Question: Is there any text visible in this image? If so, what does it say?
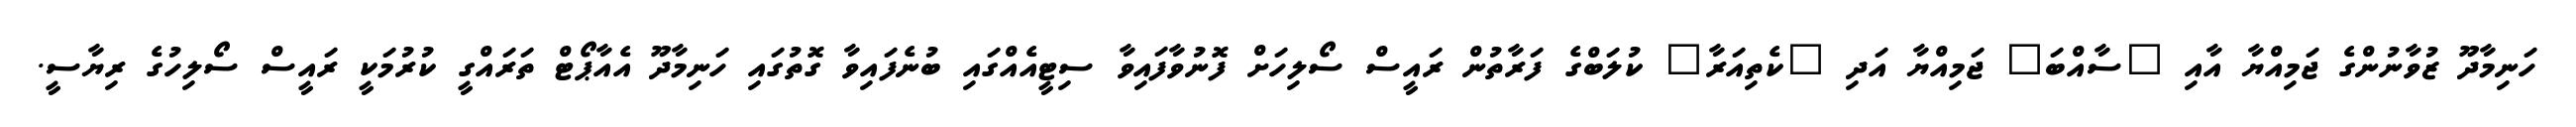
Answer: ހަނިމާދޫ ޒުވާނުންގެ ޖަމިއްޔާ އާއި "ސާއްބަ" ޖަމިއްޔާ އަދި "ކެތިއަރާ" ކުލަބްގެ ފަރާތުން ރައީސް ސޯލިހަށް ފޮނުވާފައިވާ ސިޓީއެއްގައި ބުނެފައިވާ ގޮތުގައި ހަނިމާދޫ އެއާޕޯޓް ތަރައްގީ ކުރުމަކީ ރައީސް ސޯލިހުގެ ރިޔާސީ.